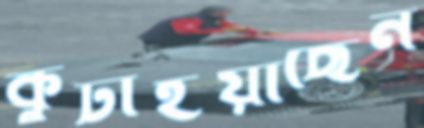
কুটাইয়াছেন